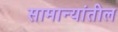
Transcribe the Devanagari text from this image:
सामान्यांतील